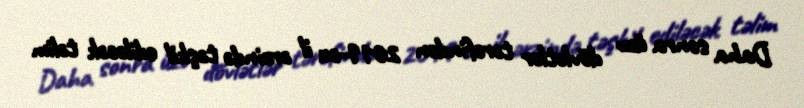
Daha sonra üzv dövlətlər tərəfindən 2019-cu il ərzində təşkil ediləcək təlim